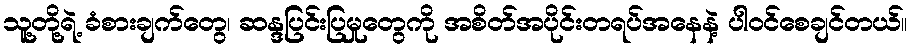
သူ့တို့ရဲ့ ခံစားချက်တွေ၊ ဆန္ဒပြင်းပြမှုတွေကို အစိတ်အပိုင်းတရပ်အနေနဲ့ ပါဝင်စေချင်တယ်။